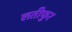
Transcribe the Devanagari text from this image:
लतीफुर